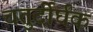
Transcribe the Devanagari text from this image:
चतुर्दीर्घक